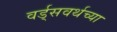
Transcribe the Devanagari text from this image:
वर्ड्‌सवर्थच्या